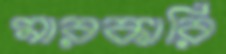
মারকারি